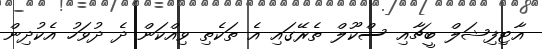
އާޓިފިޝަލް ބީޗާއި ސްކޫލް ތެރޭގައި އެ ތަކެތި ވިއްކަން ދެ ދުވަހު އެކުދިން